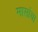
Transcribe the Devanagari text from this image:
मासांचा